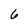
Character: 6